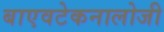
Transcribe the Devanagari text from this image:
बाएवटेकनालोजी